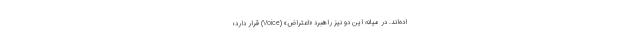
اده‌اند. در میانه‌ این دو نیز راهبرد «اعتراض» (Voice) قرار دارد؛